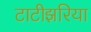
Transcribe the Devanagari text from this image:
टाटीझरिया